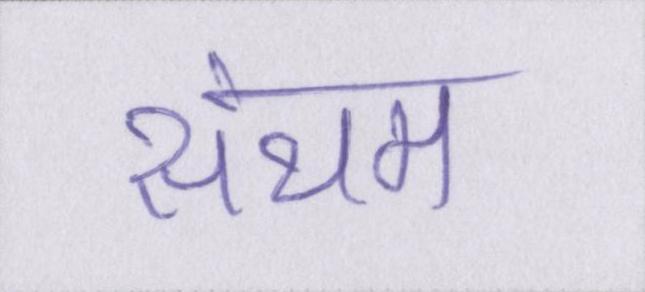
संयम